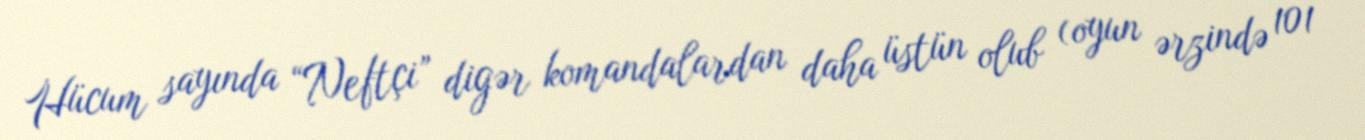
Hücum sayında “Neftçi” digər komandalardan daha üstün olub (oyun ərzində 101